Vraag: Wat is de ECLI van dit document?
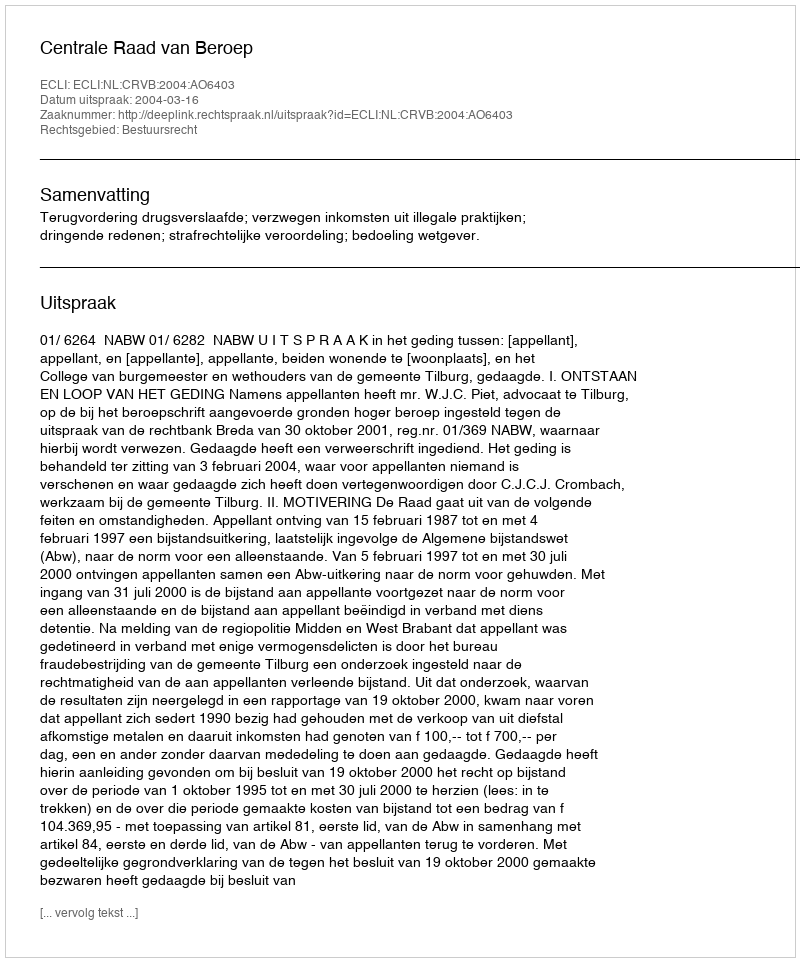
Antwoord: ECLI:NL:CRVB:2004:AO6403